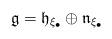
LaTeX: \begin{align*}\mathfrak{g}=\mathfrak{h}_{\xi_\bullet} \oplus \mathfrak{n}_{\xi_\bullet}\end{align*}